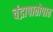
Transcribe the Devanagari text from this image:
चंद्रापाठोपाठ